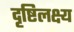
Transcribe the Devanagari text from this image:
दृष्टिलक्ष्य